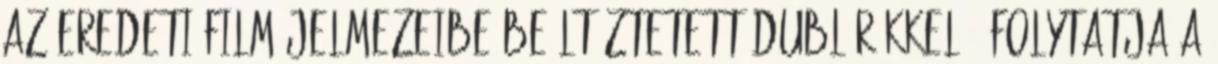
az eredeti film jelmezeibe beöltöztetett dublőrökkel – folytatja a